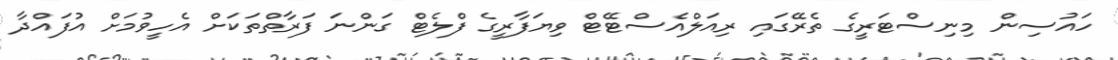
ހައުސިން މިނިސްޓަރީގެ ތެރޭގައި ރިއަލްއެސްޓޭޓް ވިޔަފާރީގެ ފްލެޓް ގަންނަ ފަރާތްތަކަށް އެހީވުމަށް އުފައްދާ